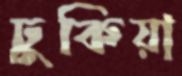
ঢুকিয়া